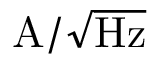
\mathrm { A } / \sqrt { \mathrm { H z } }